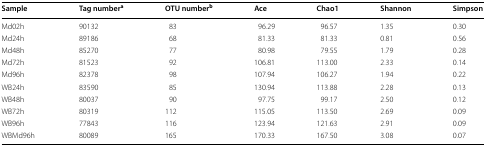
| Sample | Tag numbera | OTU numberb | Ace | Chao1 | Shannon | Simpson |
 | --- | --- | --- | --- | --- | --- | --- |
 | Md02h | 90132 | 83 | 96.29 | 96.57 | 1.35 | 0.30 |
 | Md24h | 89186 | 68 | 81.33 | 81.33 | 0.81 | 0.56 |
 | Md48h | 85270 | 77 | 80.98 | 79.55 | 1.79 | 0.28 |
 | Md72h | 81523 | 92 | 106.81 | 113.00 | 2.33 | 0.14 |
 | Md96h | 82378 | 98 | 107.94 | 106.27 | 1.94 | 0.22 |
 | WB24h | 83590 | 85 | 130.94 | 113.88 | 2.28 | 0.13 |
 | WB48h | 80037 | 90 | 97.75 | 99.17 | 2.50 | 0.12 |
 | WB72h | 80319 | 112 | 115.05 | 113.50 | 2.69 | 0.09 |
 | WB96h | 77843 | 116 | 123.94 | 121.63 | 2.91 | 0.09 |
 | WBMd96h | 80089 | 165 | 170.33 | 167.50 | 3.08 | 0.07 |